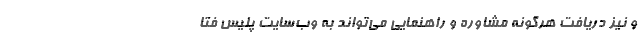
و نیز دریافت هرگونه مشاوره و راهنمایی می‌تواند به وب‌سایت پلیس فتا